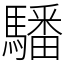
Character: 䮳